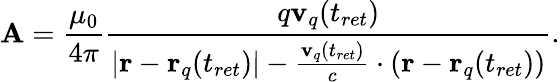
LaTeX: \mathbf{A}={\frac{\mu_{0}}{4\pi}}{\frac{q\mathbf{v}_{q}(t_{ret})}{\left|\mathbf{r}-\mathbf{r}_{q}(t_{ret})\right|-{\frac{\mathbf{v}_{q}(t_{ret})}{c}}\cdot(\mathbf{r}-\mathbf{r}_{q}(t_{ret}))}}.